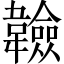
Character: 𩏩